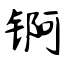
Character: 锕